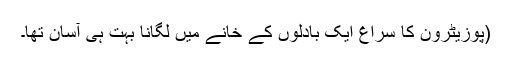
(پوزیٹرون کا سراغ ایک بادلوں کے خانے میں لگانا بہت ہی آسان تھا۔